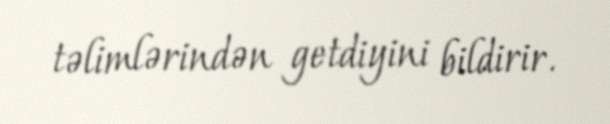
təlimlərindən getdiyini bildirir.